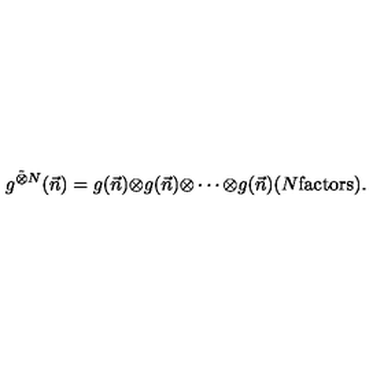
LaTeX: g ^ { \tilde { \otimes } N } ( \vec { n } ) = g ( \vec { n } ) { \otimes } g ( \vec { n } ) { \otimes } \cdots { \otimes } g ( \vec { n } ) ( N \mathrm { { f a c t o r s } } ) .